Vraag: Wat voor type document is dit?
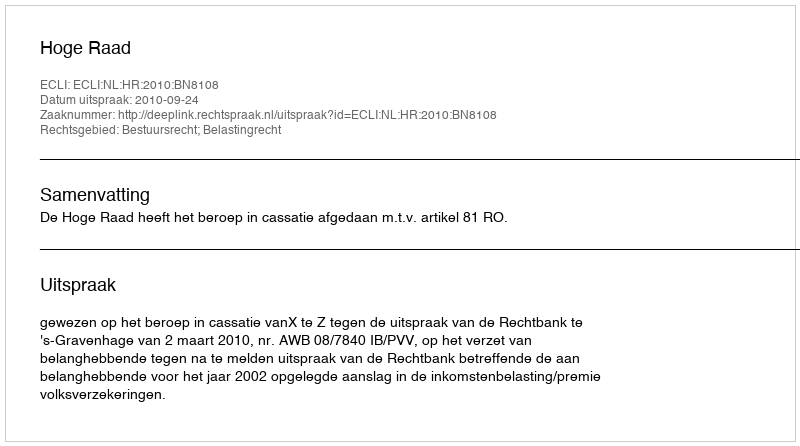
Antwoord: Uitspraak